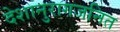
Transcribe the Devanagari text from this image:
देशानुरागजनित